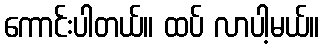
ကောင်းပါတယ်။ ထပ် လာပါ့မယ်။